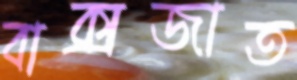
বাক্‌সজাত